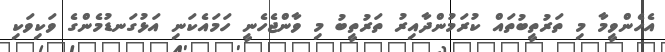
އެހެންވީމާ މި ތަރުތީބުތައް ކުރަމުންދާއިރު ތަރުތީބު މި ވާންޖެހެނީ ހަމައެކަނި އަޅުގަނޑުމެންގެ ވަކިވަކި